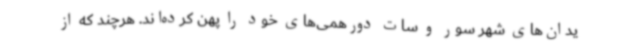
یدان‌های شهر سور و سات دورهمی‌های خود را پهن کرده‌اند. هرچند که از